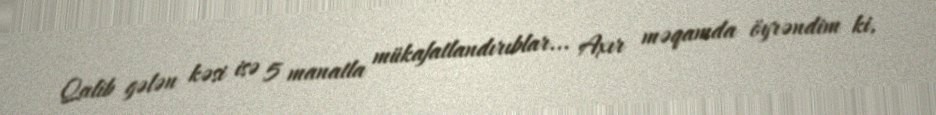
Qalib gələn kəsi isə 5 manatla mükafatlandırıblar... Axır məqamda öyrəndim ki,